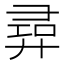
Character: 𢍟